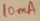
Text: 10mA